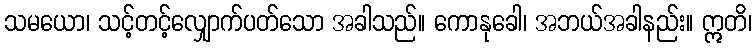
သမယော၊ သင့်တင့်လျှောက်ပတ်သော အခါသည်။ ကောနုခေါ၊ အဘယ်အခါနည်း။ ဣတိ၊